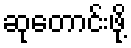
ဆုတောင်းဖို့